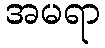
အမရာ